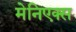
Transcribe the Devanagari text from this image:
मेनिएक्स